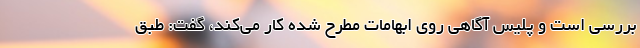
بررسی است و پلیس آگاهی روی ابهامات مطرح شده کار می‌کند، گفت: طبق